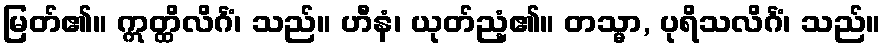
မြတ်၏။ ဣတ္ထိလိင်္ဂံ၊ သည်။ ဟီနံ၊ ယုတ်ညံ့၏။ တသ္မာ, ပုရိသလိင်္ဂံ၊ သည်။